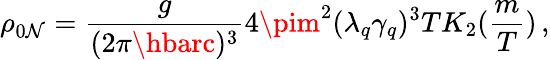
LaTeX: \rho_{0\mathcal{N}}=\frac{{g}}{{(2\pi\hbarc)^{3}}}4\pim^{2}(\lambda_{q}\gamma_{q})^{3}TK_{2}(\frac{{m}}{{T}})\, ,